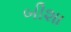
બીશા